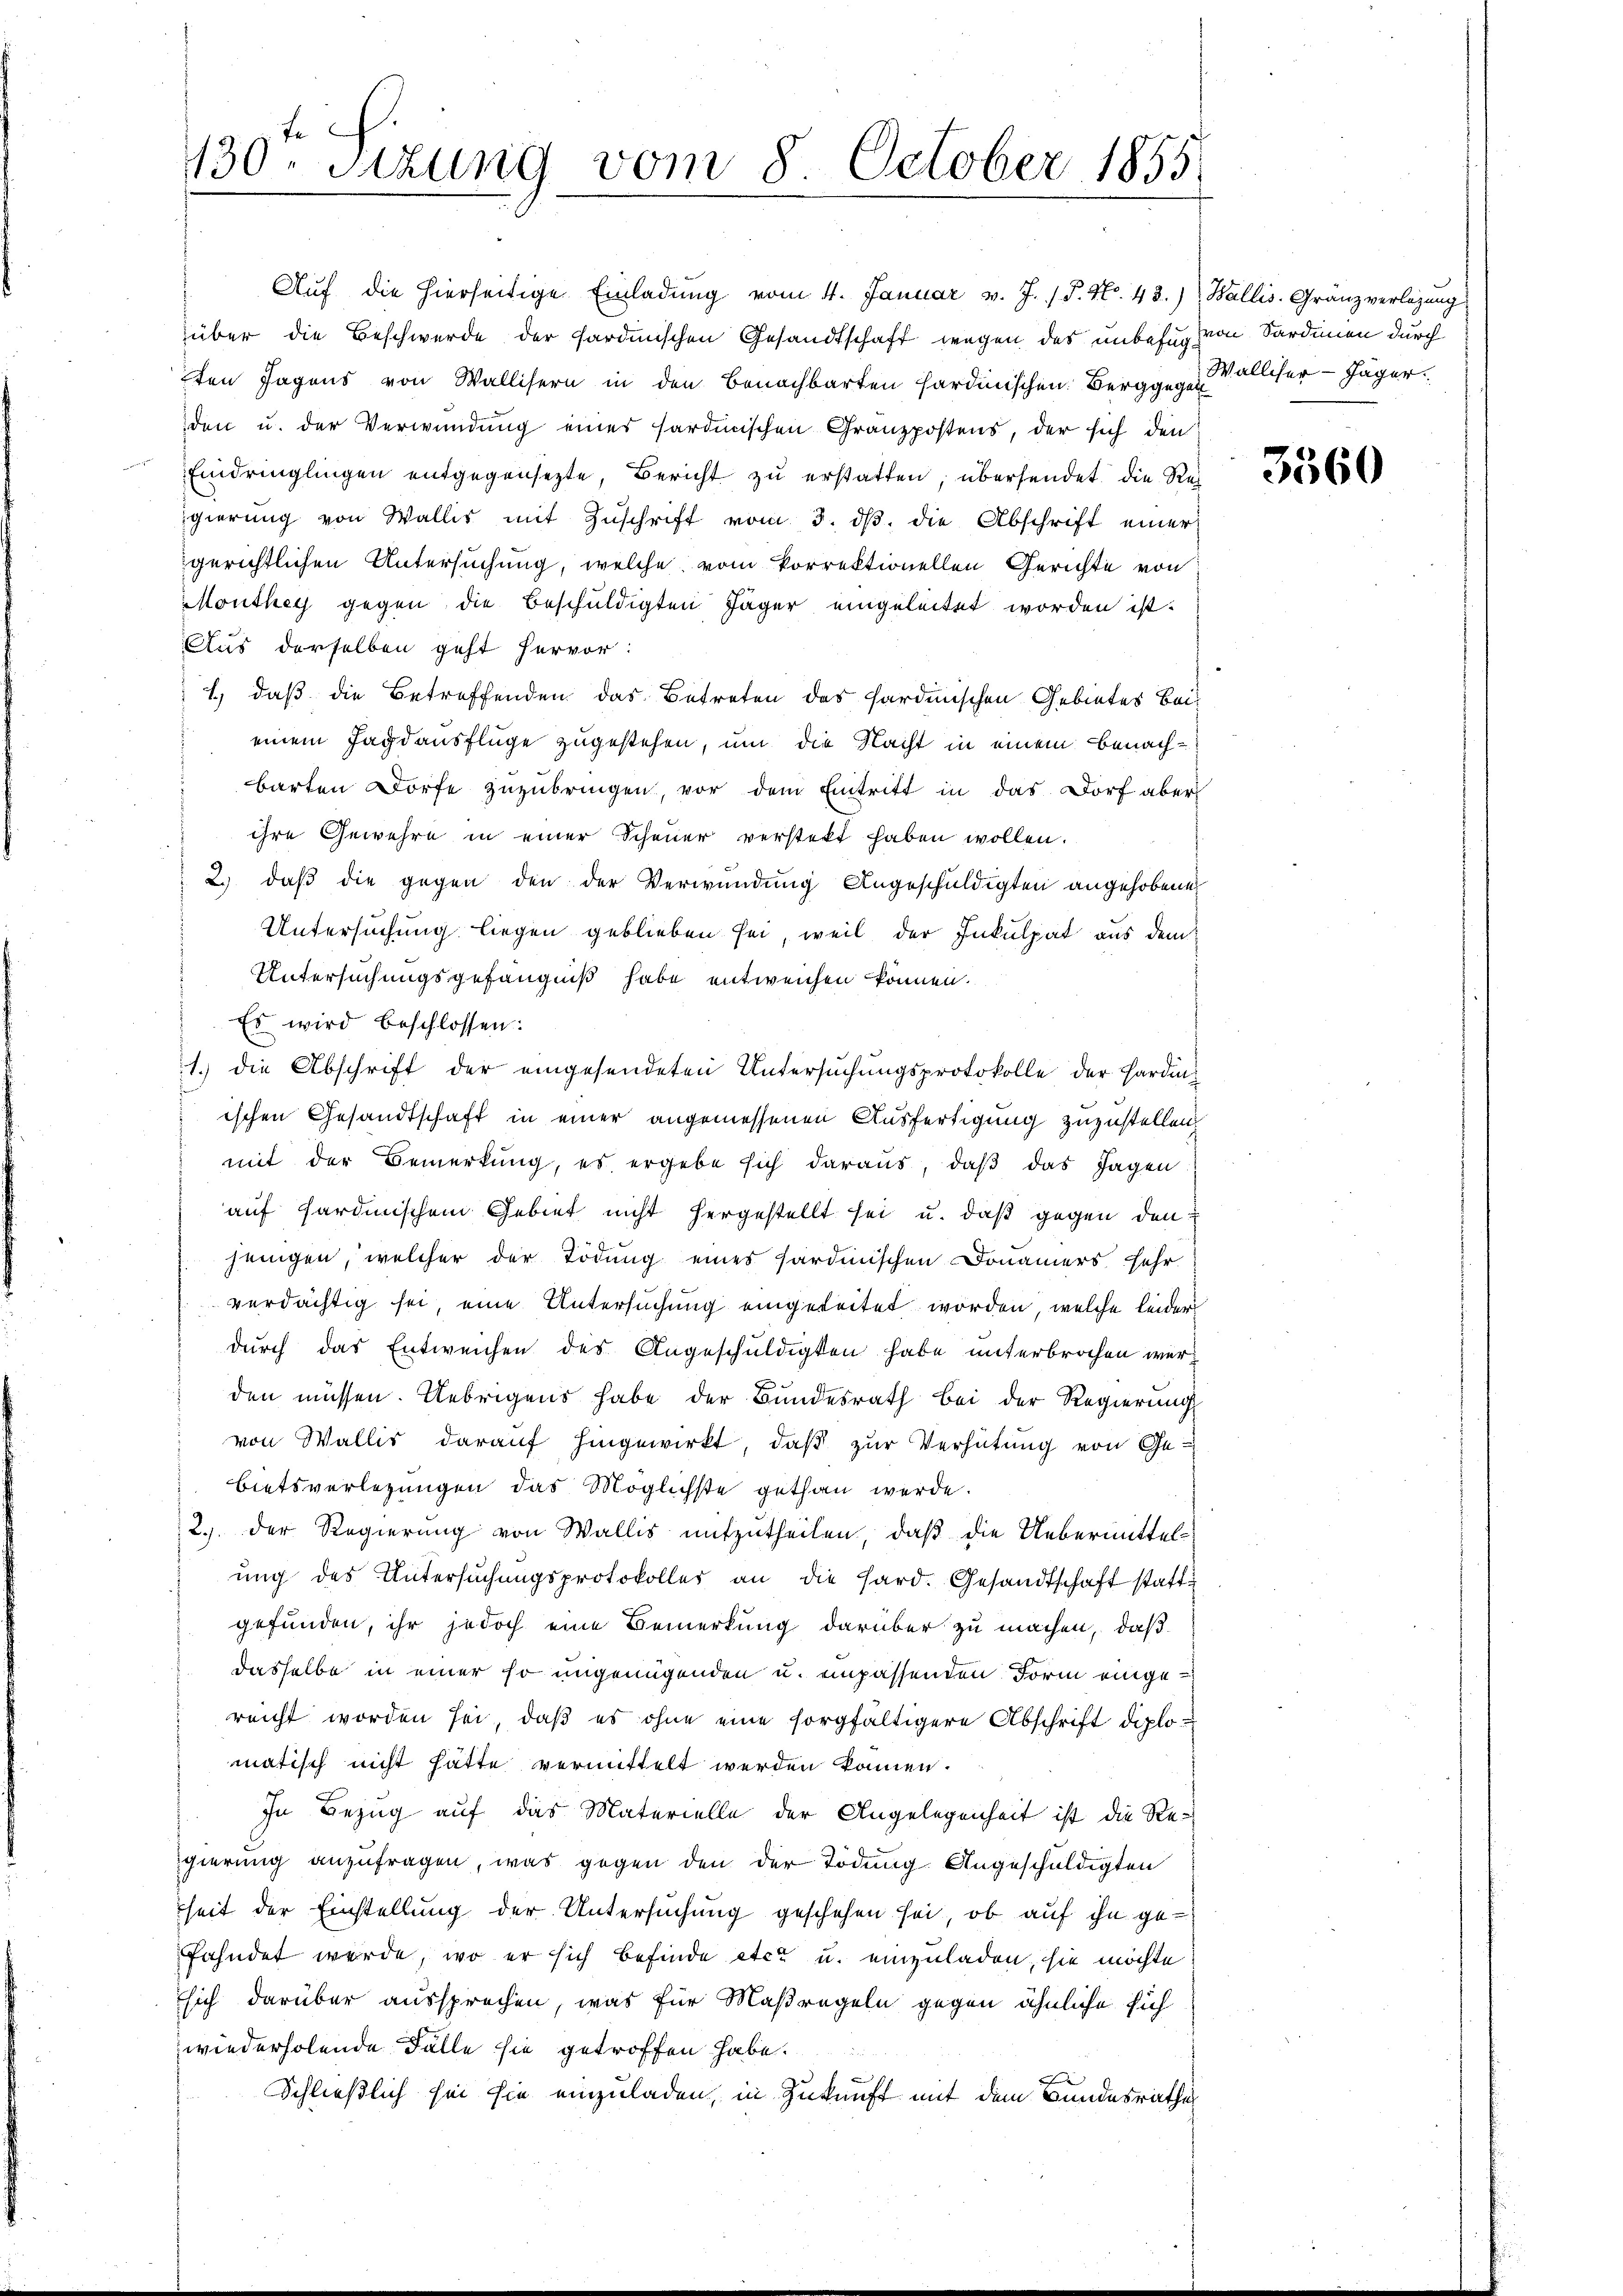
130. Sitzung vom 8. October 1855.

Auf die hierseitige Einladung vom 4. Januar v. J. P. Nr. 48.) Wallis. Gränz verlegung
über die Beschwerde der sardinischen Gesandtschaft wegen des unbefug von Sardinen durch
ten Tagens von Wallisern in den Benachbarten sardinischen Berggegen Walliser- Jäger.
den u. der Verwundung eines sardinischen Granzpostens, der sich den
Eindringlingen entgegensezte, Bericht zu erstatten, übersendet die Rec
igierŭng von Wallis mit Zŭschrift vom 3. dβ. die Abschrift einer
gerichtlichen Untersuchung, welche vom Porrektionellen Gerichte von
Monthey gegen die Beschuldigten Jäger eingeleitet worden ist.
Aus derselben geht hervor:
1.) daß die Betreffenden das Betreten des sardinischen Gebietes Beieinem Jagdausflüge zugestehen, um die Nacht in einem benachbarten Dorfe zuzubringen, vor dem Eintritt in das Dorf aber
ihre Gewehre in einer Scheuer verstekt haben wollen.
2.) daß die gegen den der Verwundung Angeschuldigten angehobene
Untersuchung liegen geblieben sei, weil der Inkulpat aus dem
Untersuchungsgefängniß habe entweichen können.
Es wird beschlossen:
1.) die Abschrift der eingesendeten Untersŭchŭngsprotokolle der Harding
ischen Gesandtschaft in einer angemessenen Ausfertigung zuzustellen,
mit der Bemerkung, es ergebe sich daraus, daß das Jagen
auf fardinischem Gebiet nicht hergestellt sei u. daß gegen den
jenigen, welcher der Tödung eines sardinischen Donauers sehr
verdächtig sei, eine Untersuchung eingeleitet worden, welche leider
durch das Entweichen des Angeschuldigten habe unterbrochen werden müssen. Uebrigens habe der Bundesrath bei der Regierung
von Wallis darauf hingewirkt, daß zur Verhütung von Gebietsverlegungen das Möglichste gethan werde.
2.) Der Regierung von Wallis mitzutheilen, daß die Uebermittelung des Untersuchungsprotokolles an die Hard. Gesandtschaft stattgefunden, ihr jedoch eine Bemerkung darüber zu machen, daß
dasselbe in einer so ungenügenden u. enpassenden Form eingereicht worden sei, daß es ohne eine sorgfältigere Abschrift diplomatisch nicht hätte vermittelt werden können.
In Bezug auf das Materielle der Angelegenheit ist die Re-
gierung anzufragen, was gegen den der Tödung. Angeschuldigten
heit der Einstellung der Untersuchung geschehen sei, ob auf ihn gefahndet werde, wo er sich befinde etc. u. einzuladen, sie möchte
sich darüber aussprechen, was für Maßregeln gegen ähnliche sich
wiederholende Fälle sie getroffen habe.
Schließlich sei sie einzuladen, in Zukunft mit dem Bundesrathes

3560